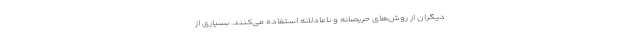
دیگران از روش‌های حریصانه و ناعادلانه استفاده می‌کنند. بسیاری از